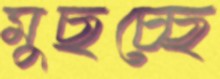
মুছচ্ছে